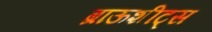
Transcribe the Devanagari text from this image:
ब्राऊशीट्स